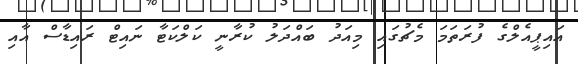
އައިޕީއެލްގެ ފުރަތަމަ މެޗުގައި މިއަދު ބައްދަލު ކުރާނީ ކަލްކަޓާ ނައިޓް ރައިޑާސް އާއި